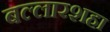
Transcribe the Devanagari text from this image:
बल्लारशहा